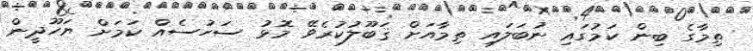
ތިމާގެ ބިން ކަމުގައި ނުބަލައި ތިމާއަށް ޤަބޫލުކުރެވޭ މޮޅު ސަހުސެއް ކަމަށް ޔަހޫދީން